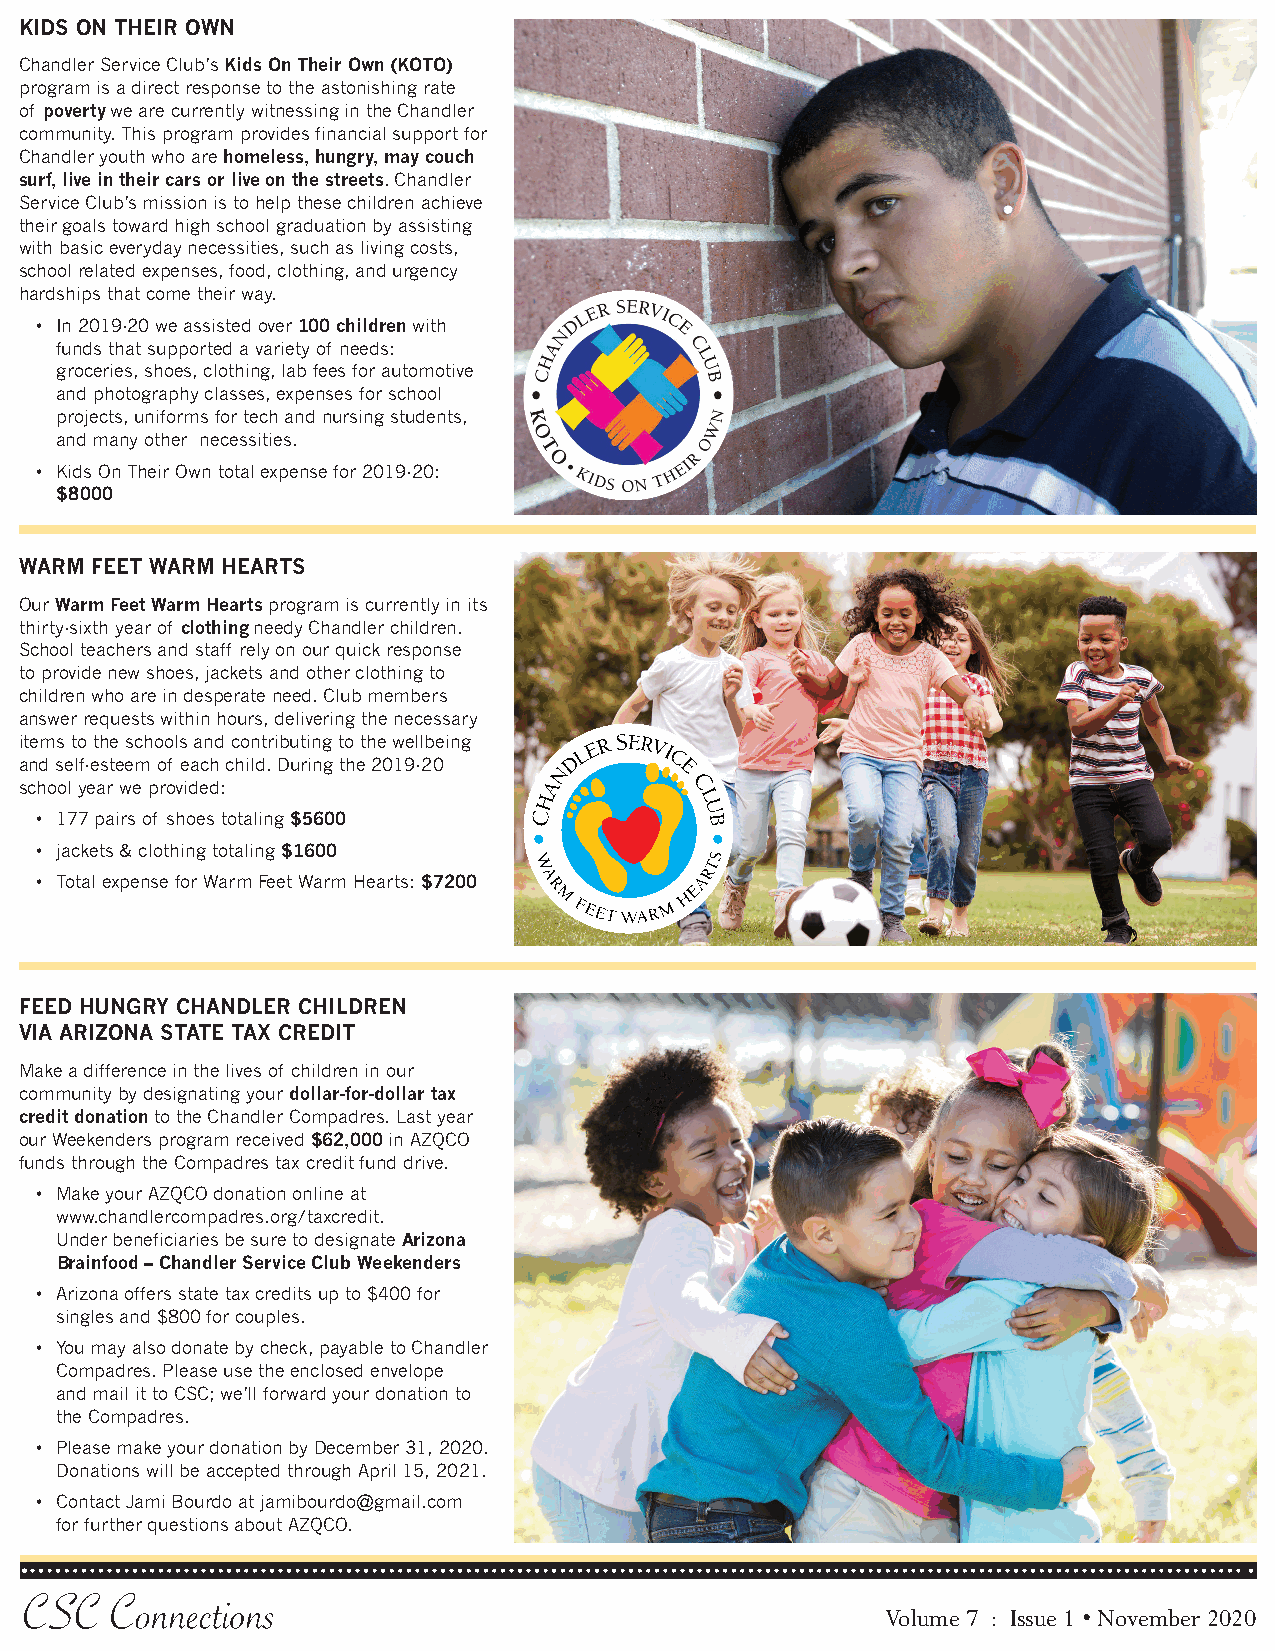
KIDS ON THEIR OWN
 Chandler Service Club’s Kids On Their Own (KOTO)
 program is a direct response to the astonishing rate
 of poverty we are currently witnessing in the Chandler
 community. This program provides financial support for
 Chandler youth who are homeless, hungry, may couch
 surf, live in their cars or live on the streets. Chandler
 Service Club’s mission is to help these children achieve
 their goals toward high school graduation by assisting
 with basic everyday necessities, such as living costs,
 school related expenses, food, clothing, and urgency
 hardships that come their way.
 • In 2019-20 we assisted over 100 children with
 funds that supported a variety of needs:
 groceries, shoes, clothing, lab fees for automotive
 and photography classes, expenses for school
 projects, uniforms for tech and nursing students,
 and many other necessities.
 • Kids On Their Own total expense for 2019-20:
 $8000
 WARM FEET WARM HEARTS
 Our Warm Feet Warm Hearts program is currently in its
 thirty-sixth year of clothing needy Chandler children.
 School teachers and staff rely on our quick response
 to provide new shoes, jackets and other clothing to
 children who are in desperate need. Club members
 answer requests within hours, delivering the necessary
 items to the schools and contributing to the wellbeing
 and self-esteem of each child. During the 2019-20
 school year we provided:
 • 177 pairs of shoes totaling $5600
 • jackets & clothing totaling $1600
 • Total expense for Warm Feet Warm Hearts: $7200
 FEED HUNGRY CHANDLER CHILDREN
 VIA ARIZONA STATE TAX CREDIT
 Make a difference in the lives of children in our
 community by designating your dollar-for-dollar tax
 credit donation to the Chandler Compadres. Last year
 our Weekenders program received $62,000 in AZQCO
 funds through the Compadres tax credit fund drive.
 • Make your AZQCO donation online at
 www.chandlercompadres.org/taxcredit.
 Under beneficiaries be sure to designate Arizona
 Brainfood – Chandler Service Club Weekenders
 • Arizona offers state tax credits up to $400 for
 singles and $800 for couples.
 • You may also donate by check, payable to Chandler
 Compadres. Please use the enclosed envelope
 and mail it to CSC; we’ll forward your donation to
 the Compadres.
 • Please make your donation by December 31, 2020.
 Donations will be accepted through April 15, 2021.
 • Contact Jami Bourdo at jamibourdo@gmail.com
 for further questions about AZQCO.
 CSC  Connections
 Volume 7 : Issue 1 • November 2020